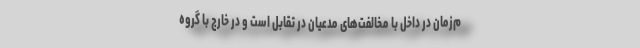
م‌زمان در داخل با مخالفت‌های مدعیان در تقابل است و در خارج با گروه